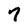
Character: 7